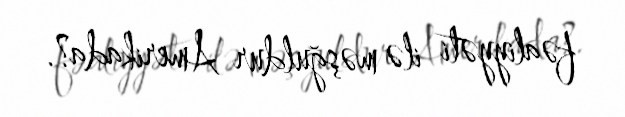
fəaliyyəti ilə məşğuldur Amerikada?.